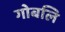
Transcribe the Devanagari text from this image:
गोबलि